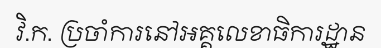
វិ.ក. ប្រចាំការនៅអគ្គលេខាធិការដ្ឋាន